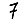
Digit: 7